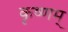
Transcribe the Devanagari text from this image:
कृष्णम्